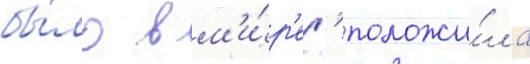
бы́ло в м'и́р'е.' положи́ла